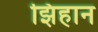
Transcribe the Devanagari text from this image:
झिहान